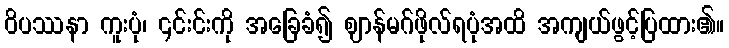
ဝိပဿနာ ကူးပုံ၊ ၎င်းင်းကို အခြေခံ၍ ဈာန်မဂ်ဖိုလ်ရပုံအထိ အကျယ်ဖွင့်ပြထား၏။